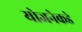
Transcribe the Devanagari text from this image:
योजनेकडे